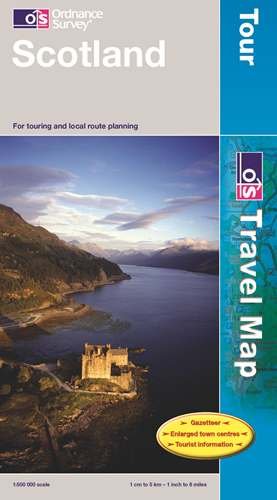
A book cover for Scotland Tour12 1:500K OS Map (OS Travel Map - Tour Map); Ordnance Survey; Travel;